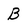
Character: B